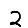
Digit: 2